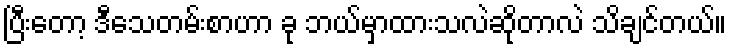
ပြီးတော့ ဒီသေတမ်းစာဟာ ခု ဘယ်မှာထားသလဲဆိုတာလဲ သိချင်တယ်။